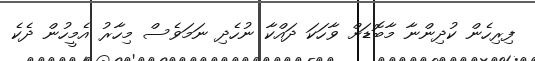
ފިރިހެން ކުދިންނާ މާބޮޑަށް ވާހަކަ ދައްކާ ނުހެދި ނަމަވެސް މިހާރު އެމީހުން ދެކެ